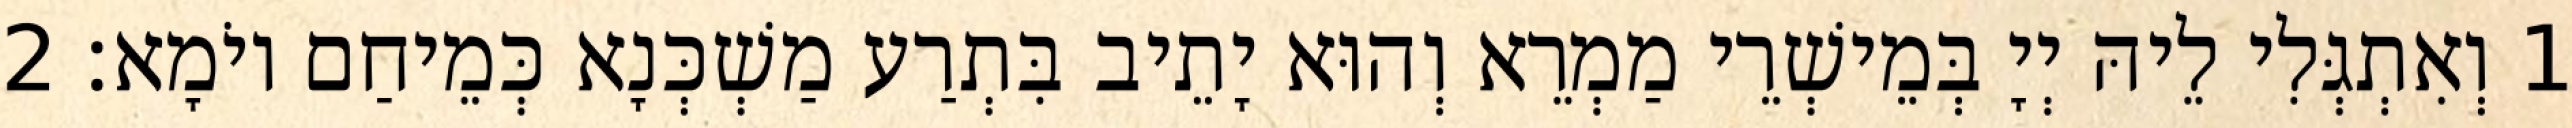
1 וְאִתְגְּלִי לֵיהּ יְיָ בְּמֵישְׁרֵי מַמְרֵא וְהוּא יָתֵיב בִּתְרַע מַשְׁכְּנָא כְּמֵיחַם יוֹמָא׃ 2